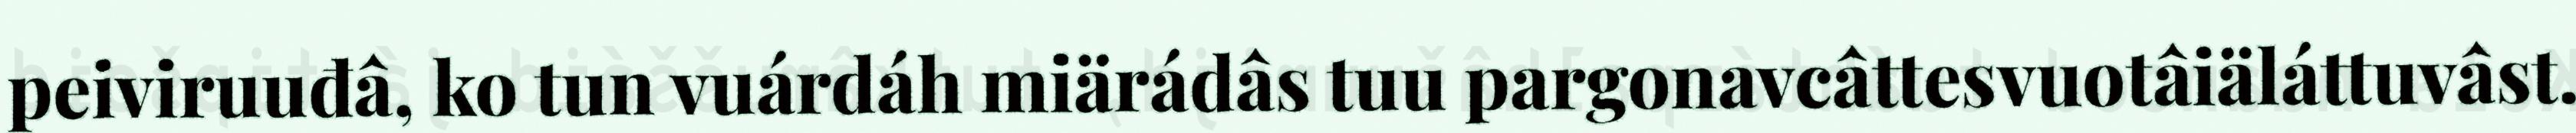
peiviruuđâ, ko tun vuárdáh miärádâs tuu pargonavcâttesvuotâiäláttuvâst.